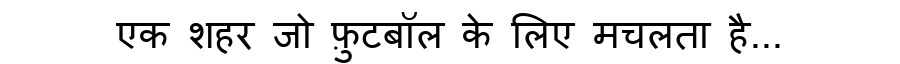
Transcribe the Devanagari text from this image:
एक शहर जो फ़ुटबॉल के लिए मचलता है...